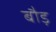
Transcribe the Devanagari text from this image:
बौड़